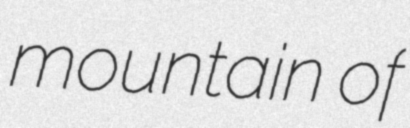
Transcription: mountain of